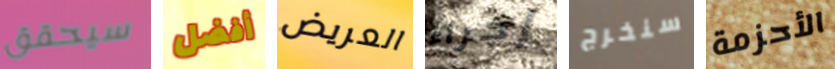
سيحقق أفضل العريض إجراء سنخرج الأحزمة